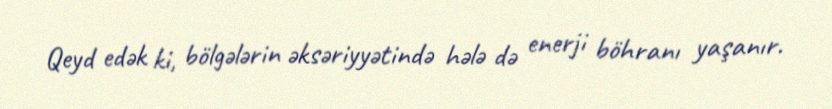
Qeyd edək ki, bölgələrin əksəriyyətində hələ də enerji böhranı yaşanır.